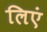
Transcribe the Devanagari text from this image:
लिएं